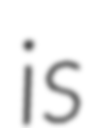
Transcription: is